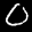
Label: 0